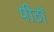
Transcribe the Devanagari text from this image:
पीठॉ